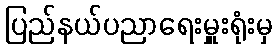
ပြည်နယ်ပညာရေးမှူးရုံးမှ